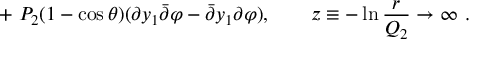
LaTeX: + \ P _ { 2 } ( 1 - \cos \theta ) ( \partial y _ { 1 } { \bar { \partial } } \varphi - { \bar { \partial } } y _ { 1 } \partial \varphi ) , \ \ \ \ \ \ z \equiv - \ln { \frac { r } { Q _ { 2 } } } \to \infty \ .